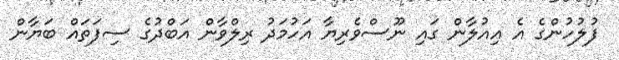
ފުލުހުންގެ އެ އިއުލާން ގައި ނޫސްވެރިޔާ އަހުމަދު ރިލްވާން އަބްދުގެ ސިފަތައް ބަޔާން